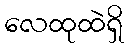
လေထုထဲရှိ